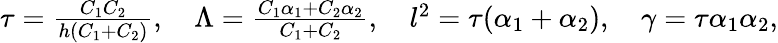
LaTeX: \begin{array}{r}{\tau=\frac{C_{1}C_{2}}{h(C_{1}+C_{2})},\quad\Lambda=\frac{C_{1}\alpha_{1}+C_{2}\alpha_{2}}{C_{1}+C_{2}},\quad l^{2}=\tau(\alpha_{1}+\alpha_{2}),\quad\gamma=\tau\alpha_{1}\alpha_{2},}\end{array}